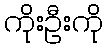
ကိုးဦးကို